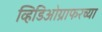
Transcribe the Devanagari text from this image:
व्हिडिओग्राफरच्या